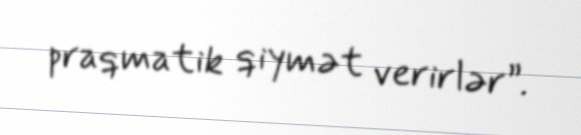
praqmatik qiymət verirlər”.